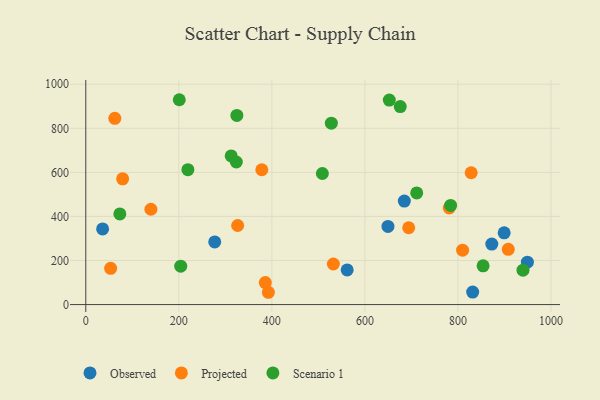
{"axis": {"x": "Study Hours", "y": "Profit"}, "legend": ["Observed", "Projected", "Scenario 1"], "data": [{"x": "949.3", "y": 192.5, "type": "Observed"}, {"x": "872.8", "y": 274.7, "type": "Observed"}, {"x": "36.2", "y": 343.3, "type": "Observed"}, {"x": "684.8", "y": 469.9, "type": "Observed"}, {"x": "899.4", "y": 325.7, "type": "Observed"}, {"x": "649.6", "y": 354.8, "type": "Observed"}, {"x": "561.9", "y": 157.2, "type": "Observed"}, {"x": "277.2", "y": 284.2, "type": "Observed"}, {"x": "831.7", "y": 56.5, "type": "Observed"}, {"x": "53.4", "y": 164.3, "type": "Projected"}, {"x": "781.4", "y": 438.3, "type": "Projected"}, {"x": "810.0", "y": 247.1, "type": "Projected"}, {"x": "908.2", "y": 250.7, "type": "Projected"}, {"x": "79.2", "y": 570.8, "type": "Projected"}, {"x": "532.2", "y": 184.2, "type": "Projected"}, {"x": "385.9", "y": 99.8, "type": "Projected"}, {"x": "828.5", "y": 598.5, "type": "Projected"}, {"x": "140.0", "y": 432.7, "type": "Projected"}, {"x": "326.5", "y": 358.9, "type": "Projected"}, {"x": "392.5", "y": 55.8, "type": "Projected"}, {"x": "378.4", "y": 612.1, "type": "Projected"}, {"x": "694.2", "y": 348.8, "type": "Projected"}, {"x": "62.4", "y": 845.3, "type": "Projected"}, {"x": "711.4", "y": 506.6, "type": "Scenario 1"}, {"x": "73.2", "y": 411.6, "type": "Scenario 1"}, {"x": "324.8", "y": 858.8, "type": "Scenario 1"}, {"x": "527.9", "y": 823.5, "type": "Scenario 1"}, {"x": "219.5", "y": 612.3, "type": "Scenario 1"}, {"x": "508.6", "y": 595.1, "type": "Scenario 1"}, {"x": "204.1", "y": 174.5, "type": "Scenario 1"}, {"x": "939.9", "y": 155.9, "type": "Scenario 1"}, {"x": "652.5", "y": 928.2, "type": "Scenario 1"}, {"x": "323.6", "y": 647.3, "type": "Scenario 1"}, {"x": "854.1", "y": 176.0, "type": "Scenario 1"}, {"x": "676.0", "y": 898.6, "type": "Scenario 1"}, {"x": "784.3", "y": 450.0, "type": "Scenario 1"}, {"x": "312.6", "y": 674.7, "type": "Scenario 1"}, {"x": "201.0", "y": 929.9, "type": "Scenario 1"}]}